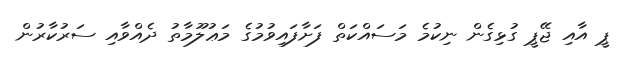
ޕީ އާއި ޖޭޕީ ގުޅިގެން ނިކުމެ މަސައްކަތް ފަށާފައިވުމުގެ މަޢުލޫމާތު ދެއްވާއި ސަރުކާރުން